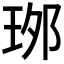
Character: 𤥌